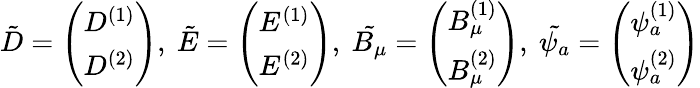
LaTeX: \tilde{D}=\left(\begin{array}{c}{{D^{(1)}}}\\ {{D^{(2)}}}\end{array}\right),~\tilde{E}=\left(\begin{array}{c}{{E^{(1)}}}\\ {{E^{(2)}}}\end{array}\right),~\tilde{B_{\mu}}=\left(\begin{array}{c}{{B_{\mu}^{(1)}}}\\ {{B_{\mu}^{(2)}}}\end{array}\right),~\tilde{\psi_{a}}=\left(\begin{array}{c}{{\psi_{a}^{(1)}}}\\ {{\psi_{a}^{(2)}}}\end{array}\right)